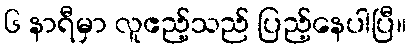
၆ နာရီမှာ လူဧည့်သည် ပြည့်နေပါပြီ။